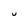
Character: U